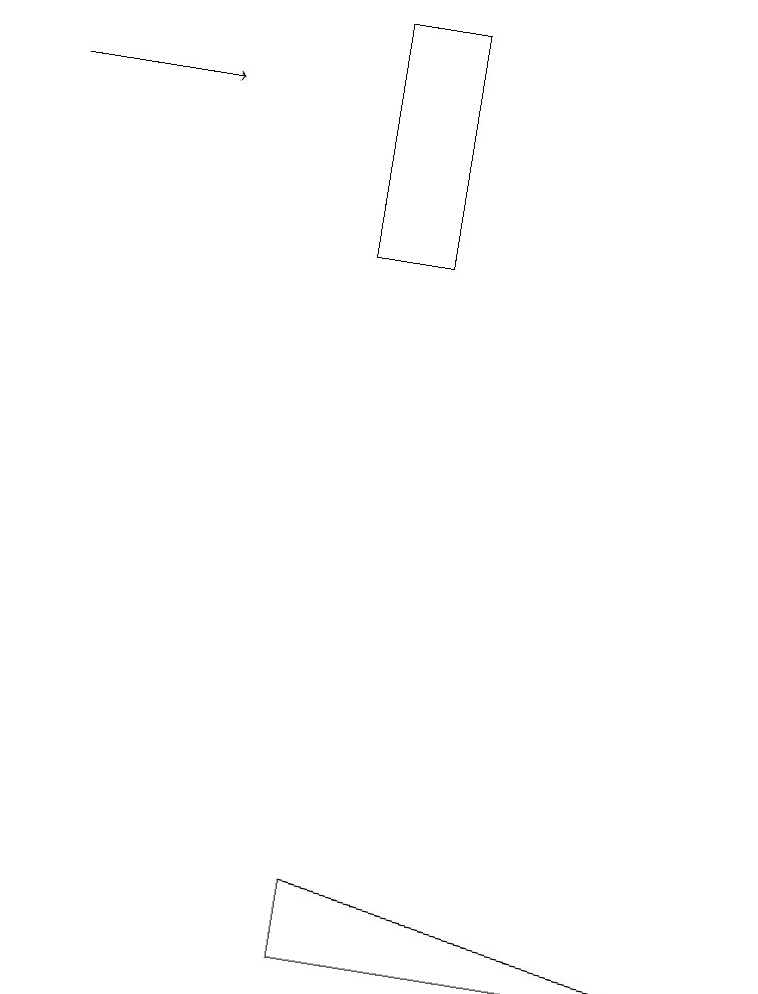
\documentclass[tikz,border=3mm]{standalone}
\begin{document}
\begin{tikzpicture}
\draw (4,4) -- (9,4) -- (4,5) -- cycle;
\draw (4,13) rectangle (5,16);
\draw[->] (0,15) -- (2,15);
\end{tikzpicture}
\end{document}